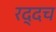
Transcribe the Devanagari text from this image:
रद्दच